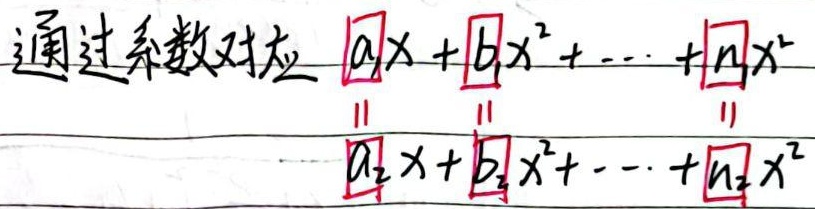
通过系数对应
\[a_1x + b_1x^2+\cdots + n_1x^r=a_2x + b_2x^2+\cdots + n_2x^r\]